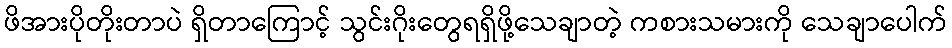
ဖိအားပိုတိုးတာပဲ ရှိတာကြောင့် သွင်းဂိုးတွေရရှိဖို့သေချာတဲ့ ကစားသမားကို သေချာပေါက်